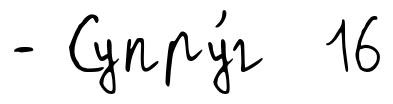
- Супру́г 16